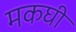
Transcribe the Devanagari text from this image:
मकघी